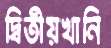
দ্বিতীয়খানি